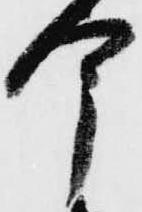
今